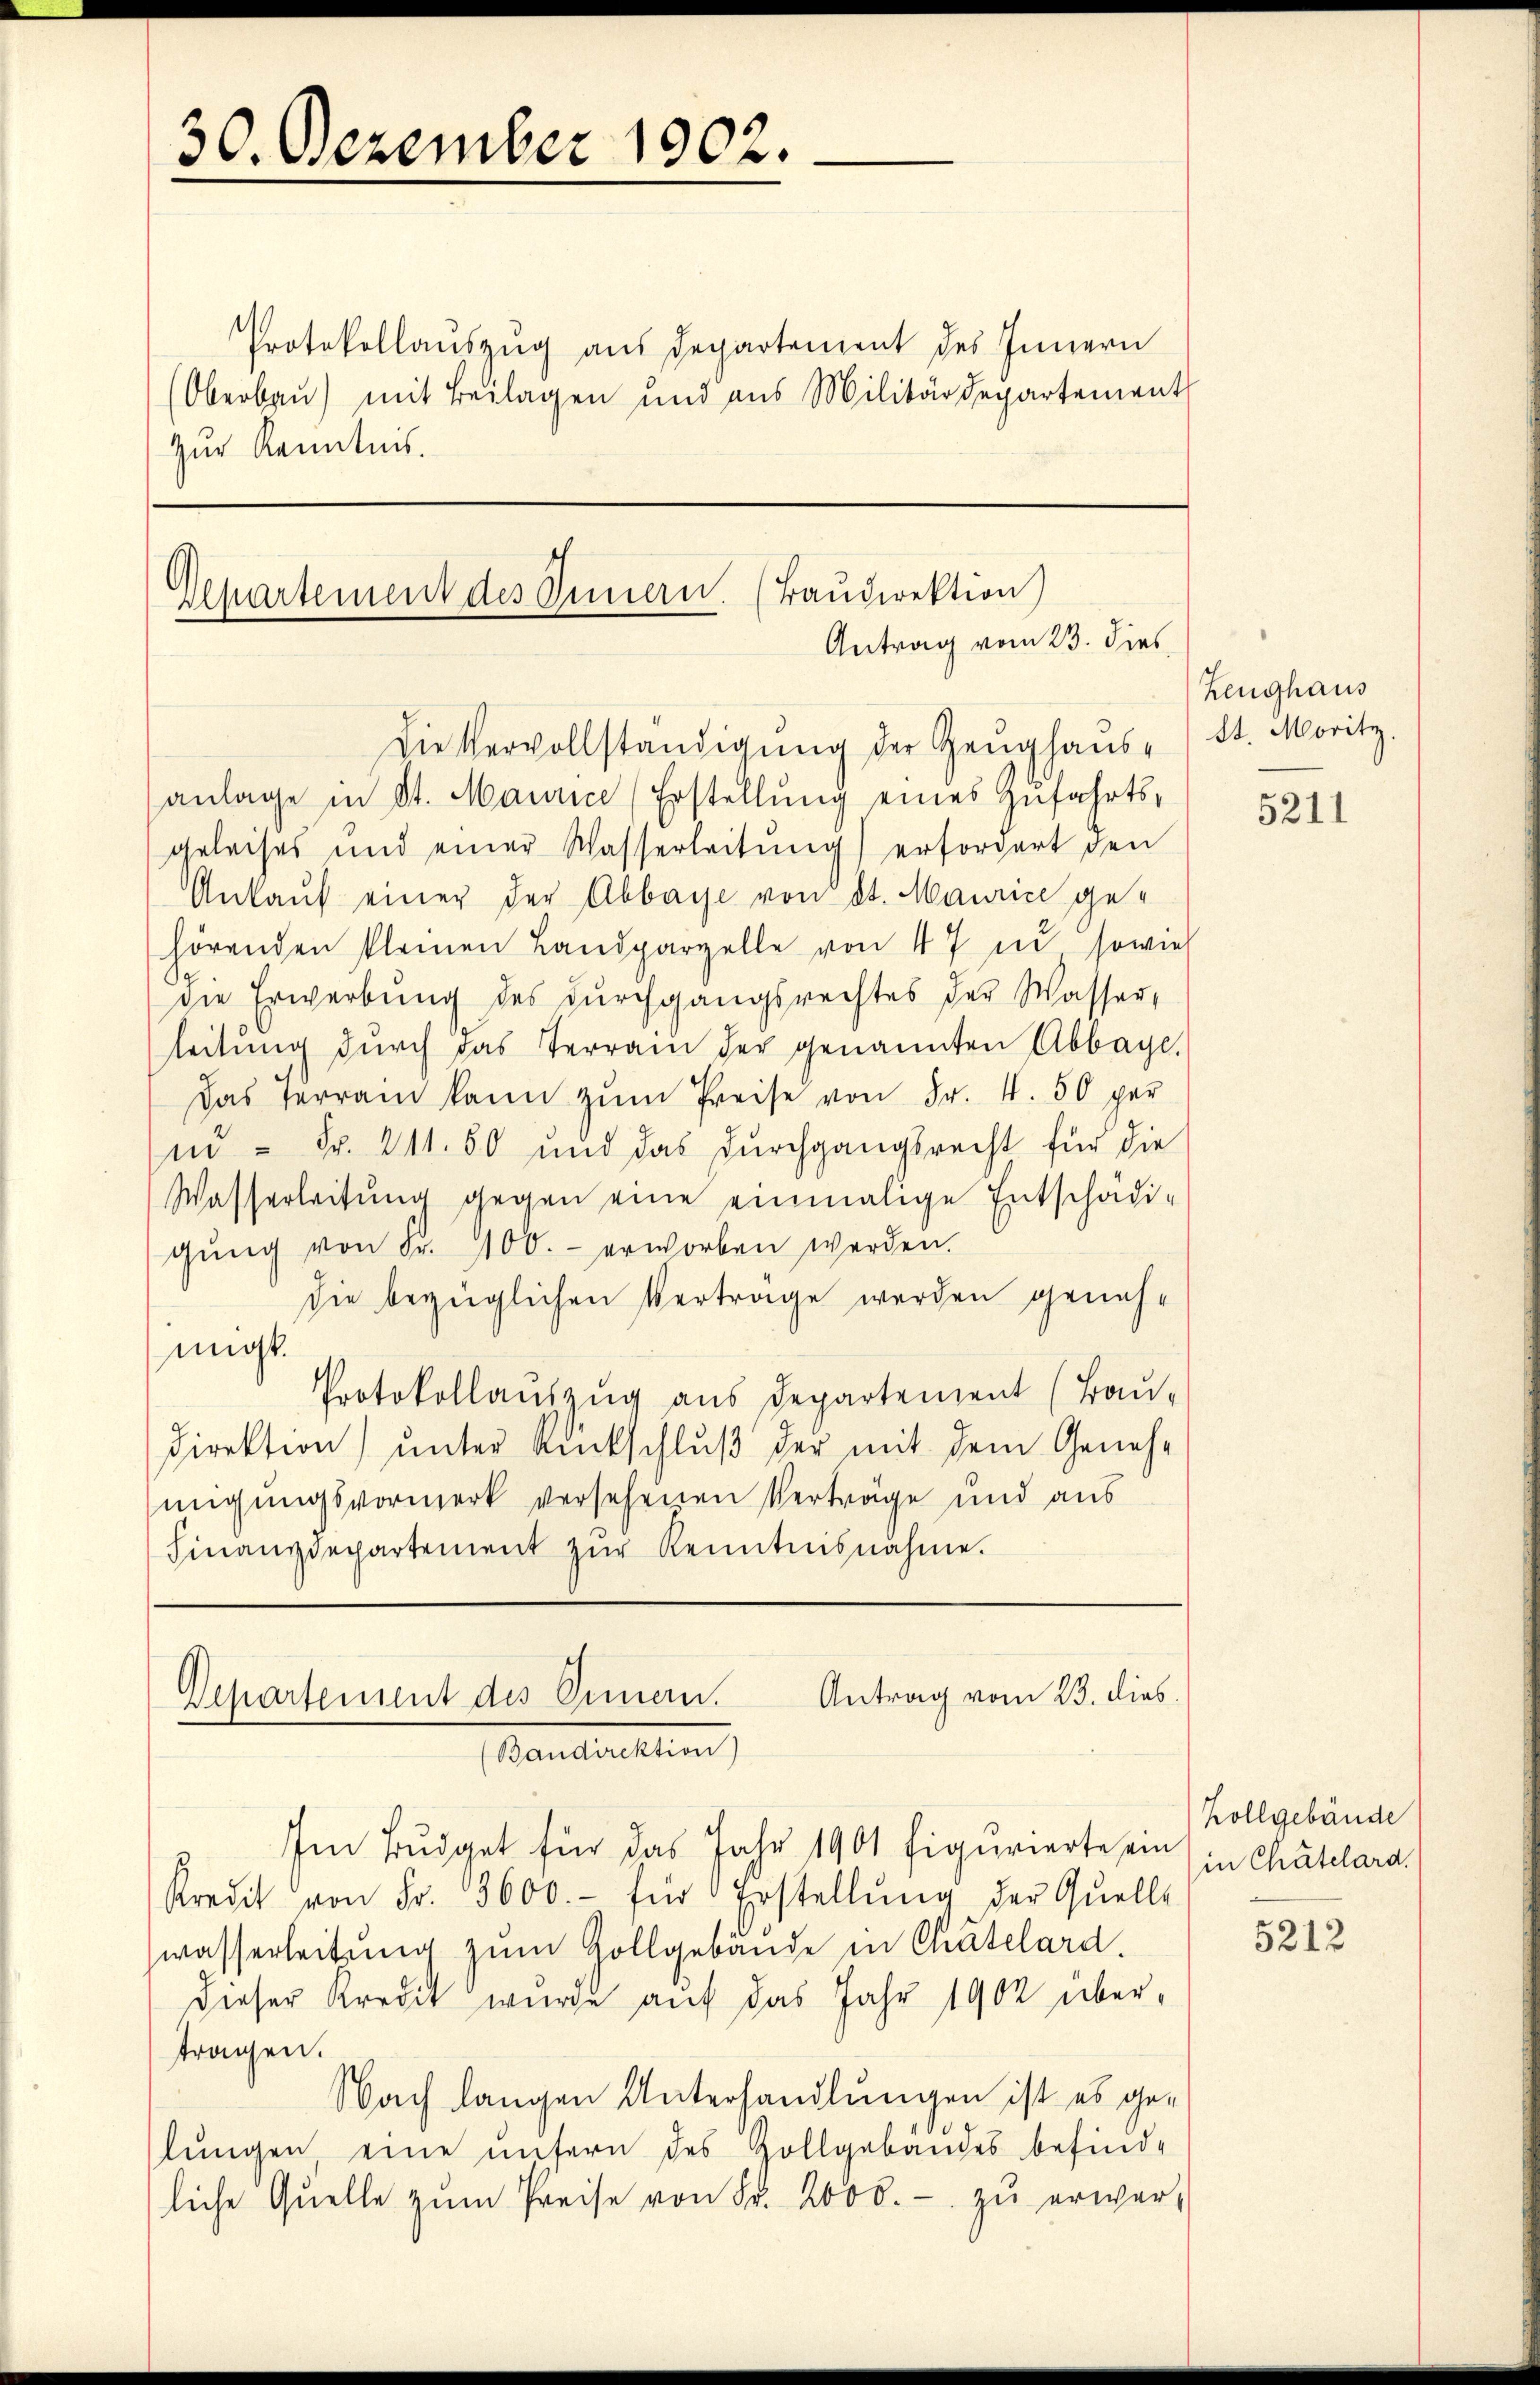
30. Dezember 1902.

Protokollauszug aus Departement des Innern
Oberbaŭ) mit Beilagen und aus Militärdepartement
Zur Kenntnis.

Departement des Innern. (Baŭdirektion)
Antrag vom 23. dies

Die Vervollständigung der Zeughausanlage in St. Maurice (Erstellŭng eines Zŭfahrts-
geleises und einer Wasserleitŭng erfordert den
Ankaŭf einer der Abbaye von St. Maurice gehörenden kleinen Landparzelle von 47 in sowie
die Erwerbung des dŭrchgangsrechtes der Wasser,
leitung dŭrch das Terrain der genannten Abbaye,
Das Terrain kann zŭm Preise von Fr. 4. 50 per
nd = Fr. 211. 60 und das Durchgangsrecht für die
Wasserleitung gegen eine einmalige Entschädigŭng von Fr. 400.- erworben werden.
die bezüglichen Vertrage werden genehmigt.
Protokollauszug aus Departement (Bau-
Direktion) unter Rückschluß der mit dem Genehmigungsvormerk versehenen Verträge und aus
Finanzdepartement zŭr Kenntnisnahme.

Antrag vom 23. dies
Departement des Omern.
(Baudirektion)

Im Budget für das Jahr 1901 figurierte ein in Chatelara.
Kredit von Fr. 3600.- für Erstellŭng der Quelle
wasserleitung zum Gollgebäude in Chatelard.
dieser Kredit wurde auf das Jahr 1902 übertragen.
Nach langen Unterhandlungen ist es gelungen eine unsern des Zollgebäudes befind-
liche Quelle zŭm Preise von Fr. 2000.- zŭ erwar-

Zeughaus
St. Moritz

5211

Zollgebäude

5212